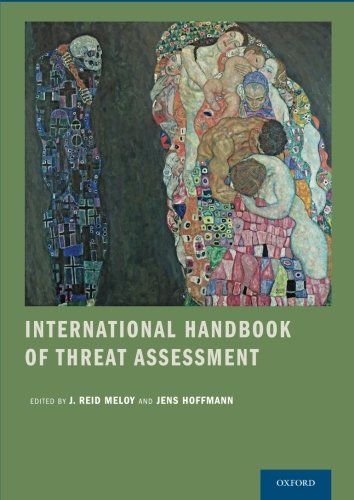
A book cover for International Handbook of Threat Assessment; Medical Books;